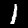
Digit: 1